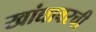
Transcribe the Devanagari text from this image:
खांद्यावरची